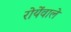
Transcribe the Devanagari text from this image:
रोयेंवाले